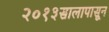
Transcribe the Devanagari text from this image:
२०१३सालापासून